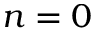
n = 0